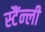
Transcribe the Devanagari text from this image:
स्टैंन्ली